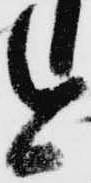
今